Report of the Hyderabad Chloroform Commission
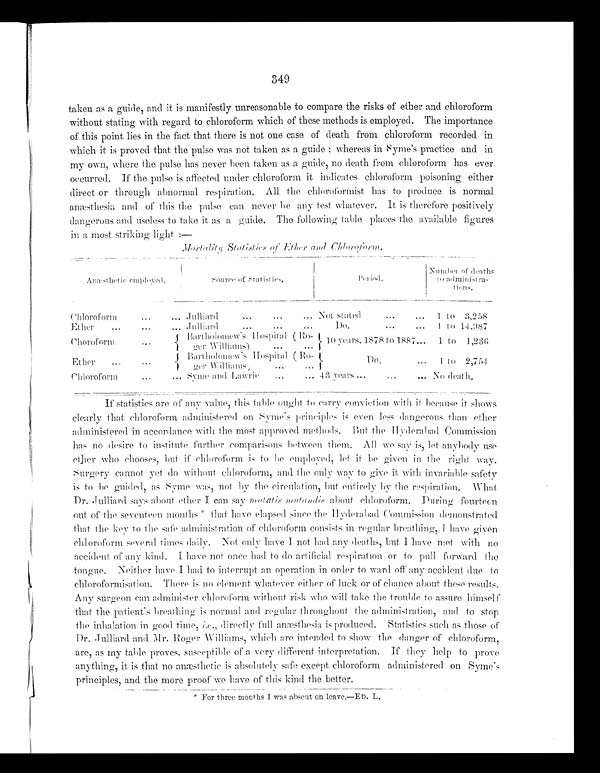
349
taken as a guide, and it is manifestly unreasonable to compare the risks of ether and chloroform
without stating with regard to chloroform which of these methods is employed. The importance
of this point lies in the fact that there is not one case of death from chloroform recorded in
which it is proved that the pulse was not taken as a guide; whereas in Syme's practice and in
my own, where the pulse has never been taken as a guide, no death from chloroform has ever
occurred. If the pulse is affected under chloroform it indicates chloroform poisoning either
direct or through abnormal respiration. All the chloroformist has to produce is normal
a n æ s t h e s i a , a n d o f t h i s t h e p u l s e c a n n e v e r b e a n y t e s t w h a t e v e r . I t i s t h e r e f o r e p o s i t i v e l y
dangerous and useless to take it as a guide. The following table places the available figures
in a most striking light:—
M o r t a l i t y S t a t i s t i c s o f E t h e r a n d C h l o r o f o r m
.
A n æ s t h e t i c e m p l o y e d .
S o u r c e o f S t a t i s t i c s .
P e r i o d .
N u m b e r o f d e a t h s t o a d m i n i s t r a - t i o n s .
Chloroform ...
... Julliard
...
...
... Not stated
...
... 1 to
3,258
Ether ...
...
... Julliard
... ...
...
Do.
...
... 1 to
14,987
Chloroform ...
{Bartholomew's Hospital ( Ro-
ger Wi l l i ams) . . . . . . }10 years. 1878 to 1887. . . 1 to 1, 236
Ether ... ...
{ Bartholomew's Hosptal (Ro-
ger Williams) . . . . . . } Do. . . . 1 to 2, 754
Chl oroform . . . . . . Syme and Lawri e . . . . . . 43 years . . . . . . . . . No deat h.
If statistics are of any value, this table ought to carry conviction With it because it shows
clearly that chloroform administered on Syme's principles is even less dangerous than ether
administered in accordance with the most approved methods. But the Hyderabad Commission
has no desire to institute further comparisons between them. All we say is, let anybody use
ether who chooses, but if chloroform is to be employed, let it be given in the right way.
Surgery cannot yet do without chloroform, and the only way to give it with invariable safety
is to be guided, as Syme was, not by the circulation, but entirely by the respiration. What
Dr. Julliard says about ether I can say mutatis mutandis about chloroform. During fourteen
out of the seventeen months* that have elapsed since the Hyderabad Commission demonstrated
t h a t t h e k e y t o t h e s a f e a d m i n i s t r a t i o n o f c h l o r o f o r m c o n s i s t s i n r e g u l a r b r e a t h i n g , I h a v e g i v e n c h l o r o f o r m s e v e r a l t i m e s d a i l y . N o t o n l y h a v e I n o t h a d a n y d e a t h s , b u t I h a v e m e t w i t h n o
accident of any kind. I have not once had to do artificial respiration or to pull forward the
tongue. Neither have I had to interrupt an operation in order to ward off any accident due to
chloroformisation. There is no element whatever either of luck or of chance about these results.
Any surgeon can administer chloroform without risk who will take the trouble to assure himself
that the patient's breathing is normal and regular throughout the administration, and to stop
the inhalation in good time, i.e . , d i r e c t l y f u l l a n æ s t h e s i a i s p r o d u c e d . S t a t i s t i c s s u c h a s those of
Dr. Julliard and Mr. Roger Williams, which are intended to show the danger of chloroform,
a r e , a s my t a b l e p r o v e s , s u s c e p t i b l e o f a v e r y d i f f e r e n t i n t e r p r e t a t i o n . I f t h e y h e l p t o p r o v e
anything, it is that no anæsthetic is absolutely safe except chloroform administered on Syme's
principles, and the more proof we have of this kind the better.
* For three months I was absent on leave.—ED. L.